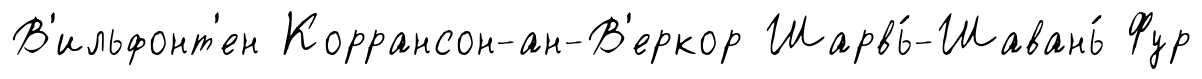
В'ильфонт'ен Коррансон-ан-В'еркор Шарвь́-Шавань́ Фур